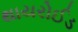
થાયરોઈડ